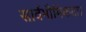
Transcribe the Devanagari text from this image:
सार्वभौमिकता।